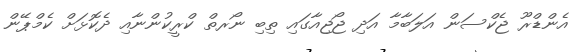
އެންޑްރޫ ޖެކްސަން އަލަބާމާ އަދި ޖޯޖިއާގައި ތިބި ނޯރތް ކްރީކުންނާއި ދެކޮޅަށް ކެމްޕޭން